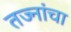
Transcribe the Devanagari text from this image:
तज्नांचा